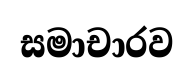
සමාචාරව